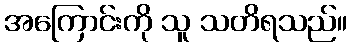
အကြောင်းကို သူ သတိရသည်။